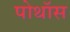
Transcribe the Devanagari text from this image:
पोथॉस